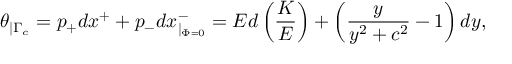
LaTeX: \theta _ { \mid \Gamma _ { c } } = p _ { + } d x ^ { + } + p _ { - } d x _ { \mid _ { \Phi = 0 } } ^ { - } = E d \left( \frac { K } { E } \right) + \left( \frac { y } { y ^ { 2 } + c ^ { 2 } } - 1 \right) d y ,